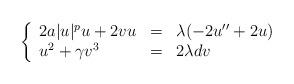
LaTeX: \begin{align*}\left\{ \begin{array}{lllll}2a|u|^pu+2vu&=&\lambda(-2u''+2u)\\u^2+\gamma v^3&=&2\lambda dv \end{array}\right.\end{align*}